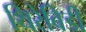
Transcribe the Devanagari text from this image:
थिरेविडी